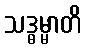
သဒ္ဓမ္မာတိ